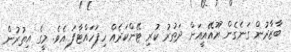
ބާޒާރުން ގަނެގެން ޔޫއޭއީއަށް ދަތުރު ކުރި ޓޭންކަރެއް ހިފަހައްޓާފަ އެވެ. މީގެ އިތުރުން